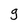
Character: g